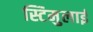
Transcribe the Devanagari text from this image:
स्टिमुलाई